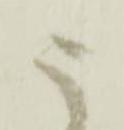
う